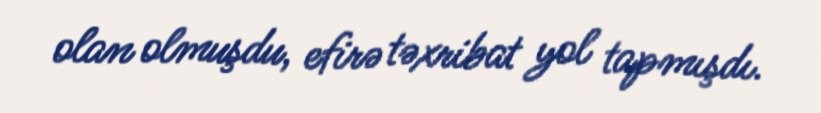
olan olmuşdu, efirə təxribat yol tapmışdı.